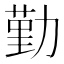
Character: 勤